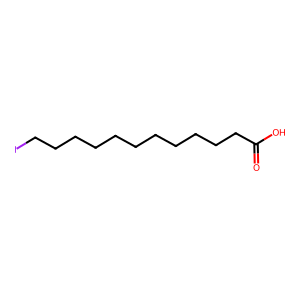
SMILES: O=C(O)CCCCCCCCCCCI
Inhibits HIV replication: Yes